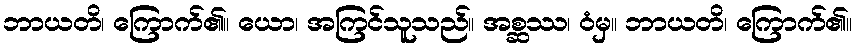
ဘာယတိ၊ ကြောက်၏။ ယော၊ အကြင်သူသည်။ အစ္ဆဿ၊ ဝံမှ။ ဘာယတိ၊ ကြောက်၏။